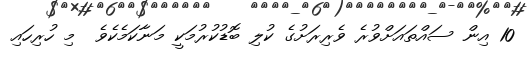
10 އިން ސައްތައަށްވުރެ ވެރިރަށުގެ ކުލި ބޮޑުކުރުމަކީ މަނާކަމެކެވެ  މި ހުރިހައި